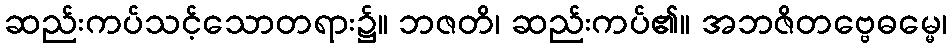
ဆည်းကပ်သင့်သောတရား၌။ ဘဇတိ၊ ဆည်းကပ်၏။ အဘဇိတဗ္ဗေဓမ္မေ၊